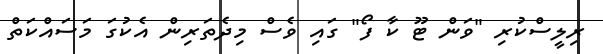
ރިލީސްކުރި "ވަން ޓޫ ކާ ފޯ" ގައި ވެސް މިދެތަރިން އެކުގަ މަސައްކަތް